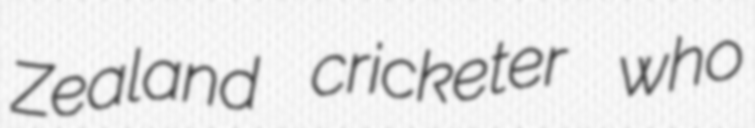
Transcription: Zealand cricketer who